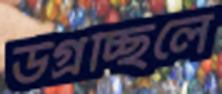
উগ্‌রচ্ছিলে